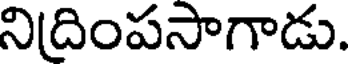
నిదింపసాగాడు.